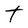
Character: t